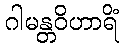
ဂါမန္တဝိဟာရိံ